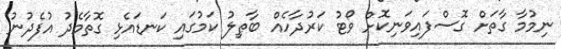
ނިމުމާ ގާތަށް ގޮސްފައިވަނިކޮށް ވޯޓު ކަރުދާހެއް ބާޠިލު ކަމުގައި ކަނޑައެޅި ގޮތާމެދު އުފެދުނު